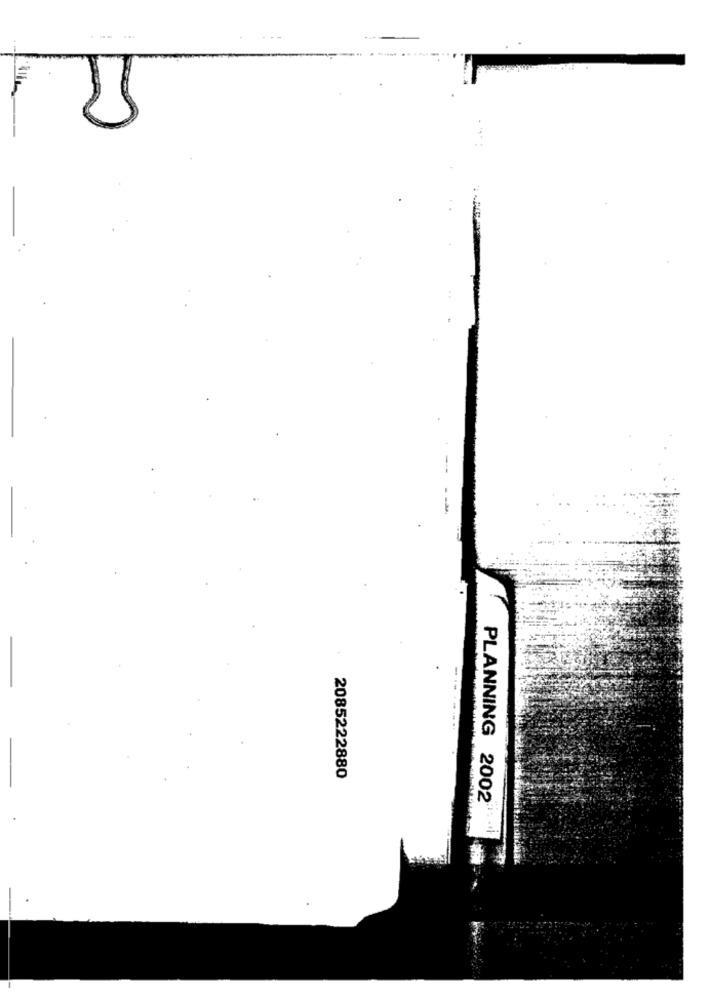
2085222880
PLANNING 2002